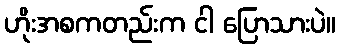
ဟိုးအစကတည်းက ငါ ပြောသားပဲ။